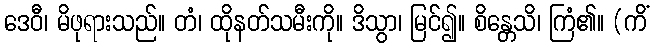
ဒေဝီ၊ မိဖုရားသည်။ တံ၊ ထိုနတ်သမီးကို။ ဒိသွာ၊ မြင်၍။ စိန္တေသိ၊ ကြံ၏။ (ကိံ